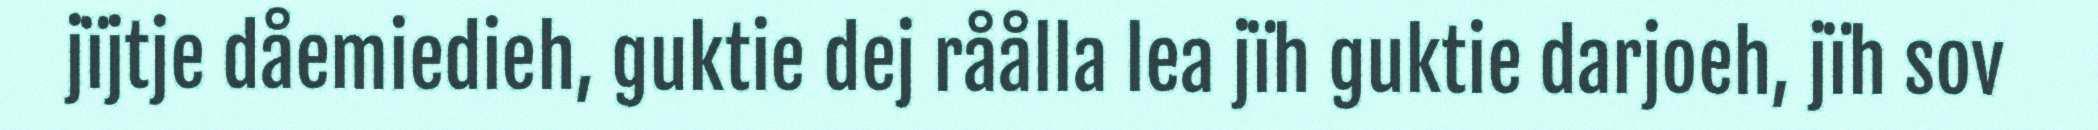
jïjtje dåemiedieh, guktie dej råålla lea jïh guktie darjoeh, jïh sov